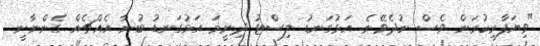
"ވިޔަފާރިކުރަން ވެސް ނުދެވޭނެ. އަޅުގަނޑު ލިސްޓު ދިނީމަ އަޅުގަނޑު ބުނާ އެއްޗެއް ގެންނާނީ.